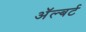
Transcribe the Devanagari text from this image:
अॅल्बर्ट